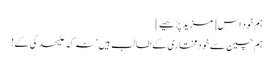
ہم خود اس [مزید پڑھیے]
ہم چین سے خودمختاری کے طالب ہیں‘ نہ کہ علیحدگی کے!